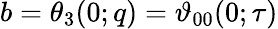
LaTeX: b=\theta_{3}(0;q)=\vartheta_{00}(0;\tau)